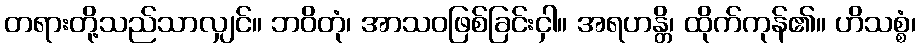
တရားတို့သည်သာလျှင်။ ဘဝိတုံ၊ အာသဝဖြစ်ခြင်းငှါ။ အရဟန္တိ၊ ထိုက်ကုန်၏။ ဟိသစ္စံ၊